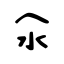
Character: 氽